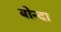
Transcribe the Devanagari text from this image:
बोन्‍दा